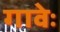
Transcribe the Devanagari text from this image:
गावेः